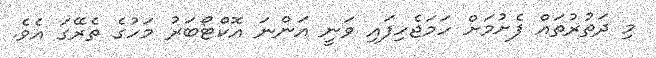
މި ދަތުރުތައް ފެށުމަށް ހަމަޖެހިފައި ވަނީ އަންނަ އޮކްޓޯބަރު މަހުގެ ތެރޭގަ އެވެ.